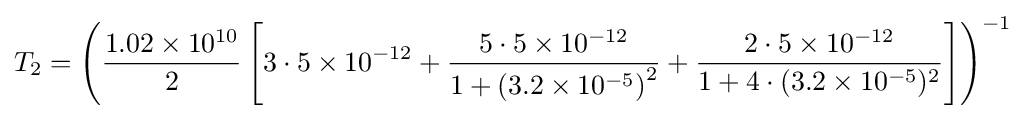
T_{2}=\left({\frac {1.02\times 10^{10}}{2}}\left[3\cdot 5\times 10^{-12}+{\frac {5\cdot 5\times 10^{-12}}{1+\left(3.2\times 10^{-5}\right)^{2}}}+{\frac {2\cdot 5\times 10^{-12}}{1+4\cdot (3.2\times 10^{-5})^{2}}}\right]\right)^{-1}